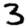
Digit: 3